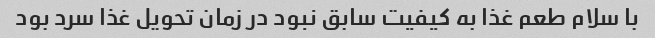
با سلام طعم غذا به کیفیت سابق نبود در زمان تحویل غذا سرد بود